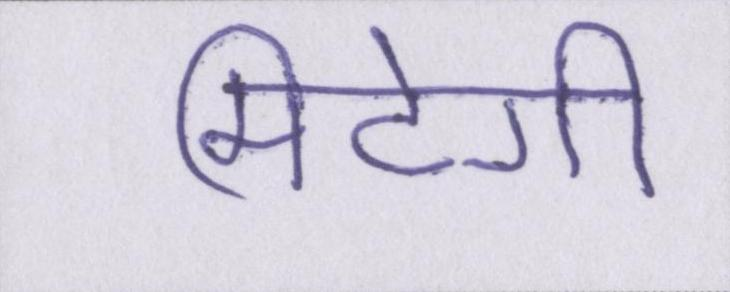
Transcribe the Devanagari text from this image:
मिटेगी